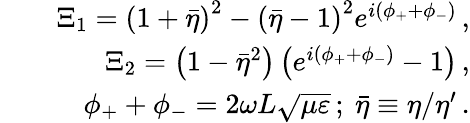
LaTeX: \begin{array}{rlr}&{}&{\Xi_{1}=\left(1+\bar{\eta}\right)^{2}-\left(\bar{\eta}-1\right)^{2}e^{i\left(\phi_{+}+\phi_{-}\right)}\, ,}\\ &{}&{\Xi_{2}=\left(1-\bar{\eta}^{2}\right)\left(e^{i\left(\phi_{+}+\phi_{-}\right)}-1\right)\, ,}\\ &{}&{\phi_{+}+\phi_{-}=2\omega L\sqrt{\mu\varepsilon}\, ;\mathrm{~}\bar{\eta}\equiv\eta/\eta^{\prime}\, .}\end{array}